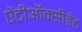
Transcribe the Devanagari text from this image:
ऐंटीऑक्सीडेंट